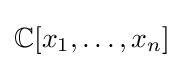
\mathbb {C} [x_{1},\ldots ,x_{n}]